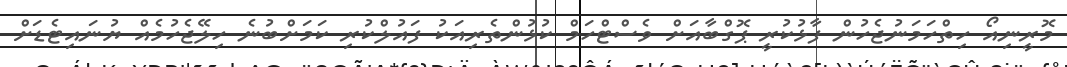
މޮރީނިއޯ ހިތްހަމަނުޖެހުން ފާޅުކުރީ ޕޮގްބާއަށް ވެސްޓްހަމް ކުޅުންތެރިއަކު ފައުލްކުރި ކަމަށްބުނެ ހިލޭޖެހުމެއް ޔުނައިޓެޑަށް